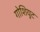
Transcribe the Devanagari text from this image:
गोशियूट